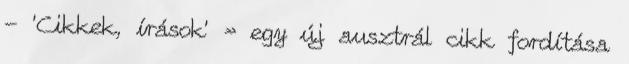
- 'Cikkek, írások' » egy új ausztrál cikk fordítása